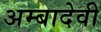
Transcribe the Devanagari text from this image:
अम्बादेवी